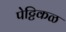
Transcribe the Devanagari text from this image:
पेट्टिकळ